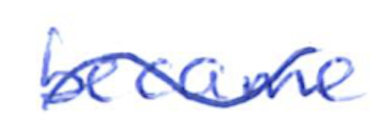
Text: became
Cross-out: wave
Writing tool: ballpoint